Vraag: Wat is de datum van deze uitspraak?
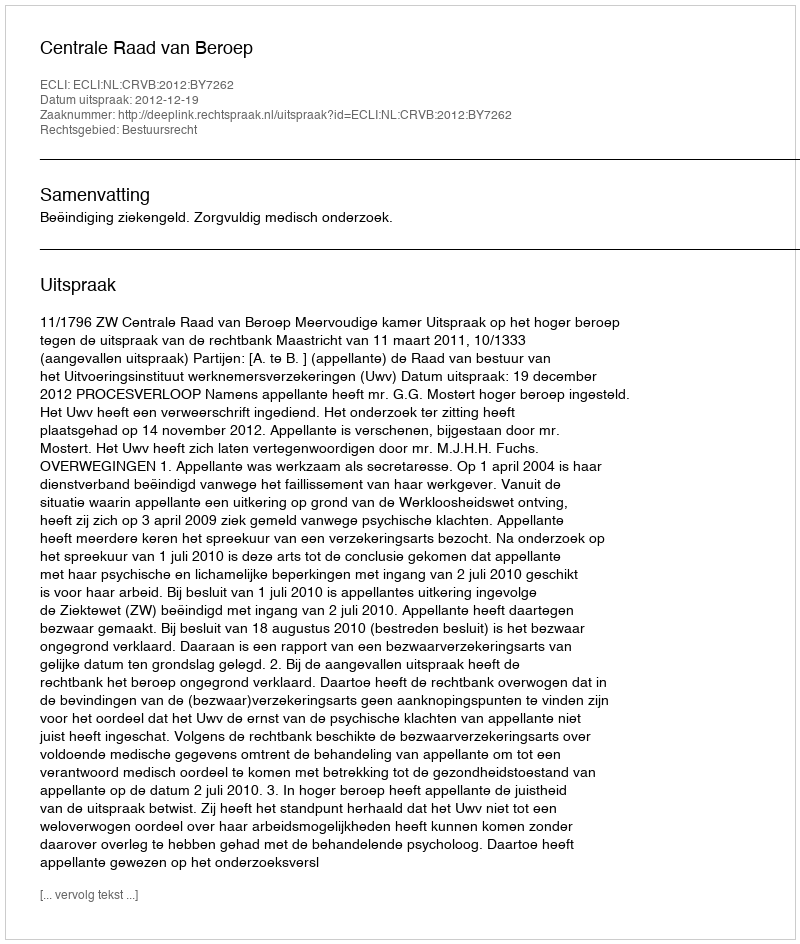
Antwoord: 2012-12-19